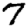
Digit: 7